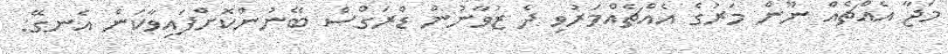
މަޖާ އެއްޗެއް ނޫން މަރުގެ އެއްޗެއްމަރުވި ދެ ޒުވާނުން ޑްރަގްސް ބޭނުންކޮށްފައިވާކަން އެނގޭ: